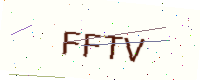
Text: FFTV